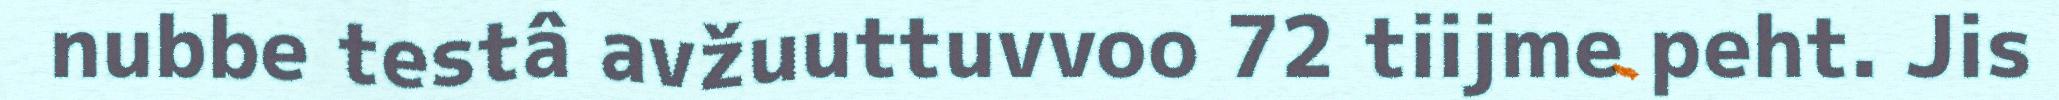
nubbe testâ avžuuttuvvoo 72 tiijme peht. Jis